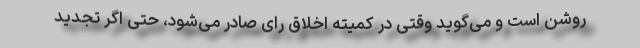
روشن است و می‌گوید وقتی در کمیته اخلاق رای صادر می‌شود، حتی اگر تجدید